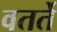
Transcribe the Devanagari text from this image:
वतर्ते